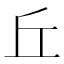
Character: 丘